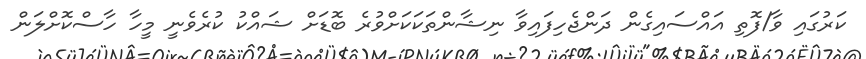
ކަރުގައި ވާ/ފޮތި އައްސައިގެން ދަންޖެހިފައިވާ ނިޝާންތަކަކަށްވުރެ ބޮޑަށް ޝައްކު ކުރެވެނީ މީހާ ހާސްކޮށްލަން